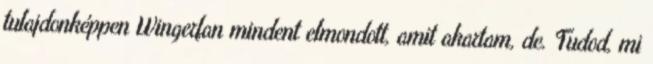
tulajdonképpen Wingerfan mindent elmondott, amit akartam, de. Tudod, mi